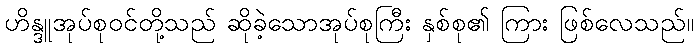
ဟိန္ဒူအုပ်စုဝင်တို့သည် ဆိုခဲ့သောအုပ်စုကြီး နှစ်စု၏ ကြား ဖြစ်လေသည်။